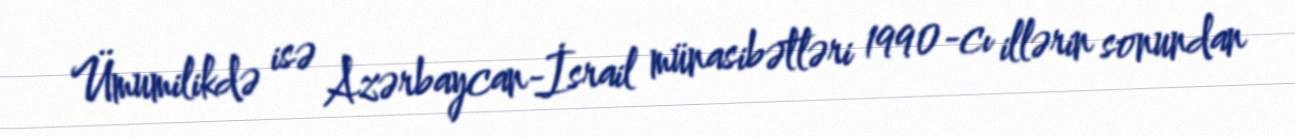
Ümumilikdə isə Azərbaycan-İsrail münasibətləri 1990-cı illərin sonundan